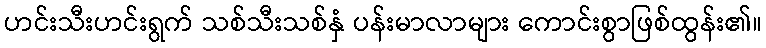
ဟင်းသီးဟင်းရွက် သစ်သီးသစ်နှံ ပန်းမာလာများ ကောင်းစွာဖြစ်ထွန်း၏။